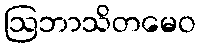
ဩဘာသိတမေဝ